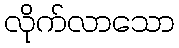
လိုက်လာသော